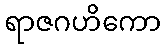
ရာဇဂဟိကော